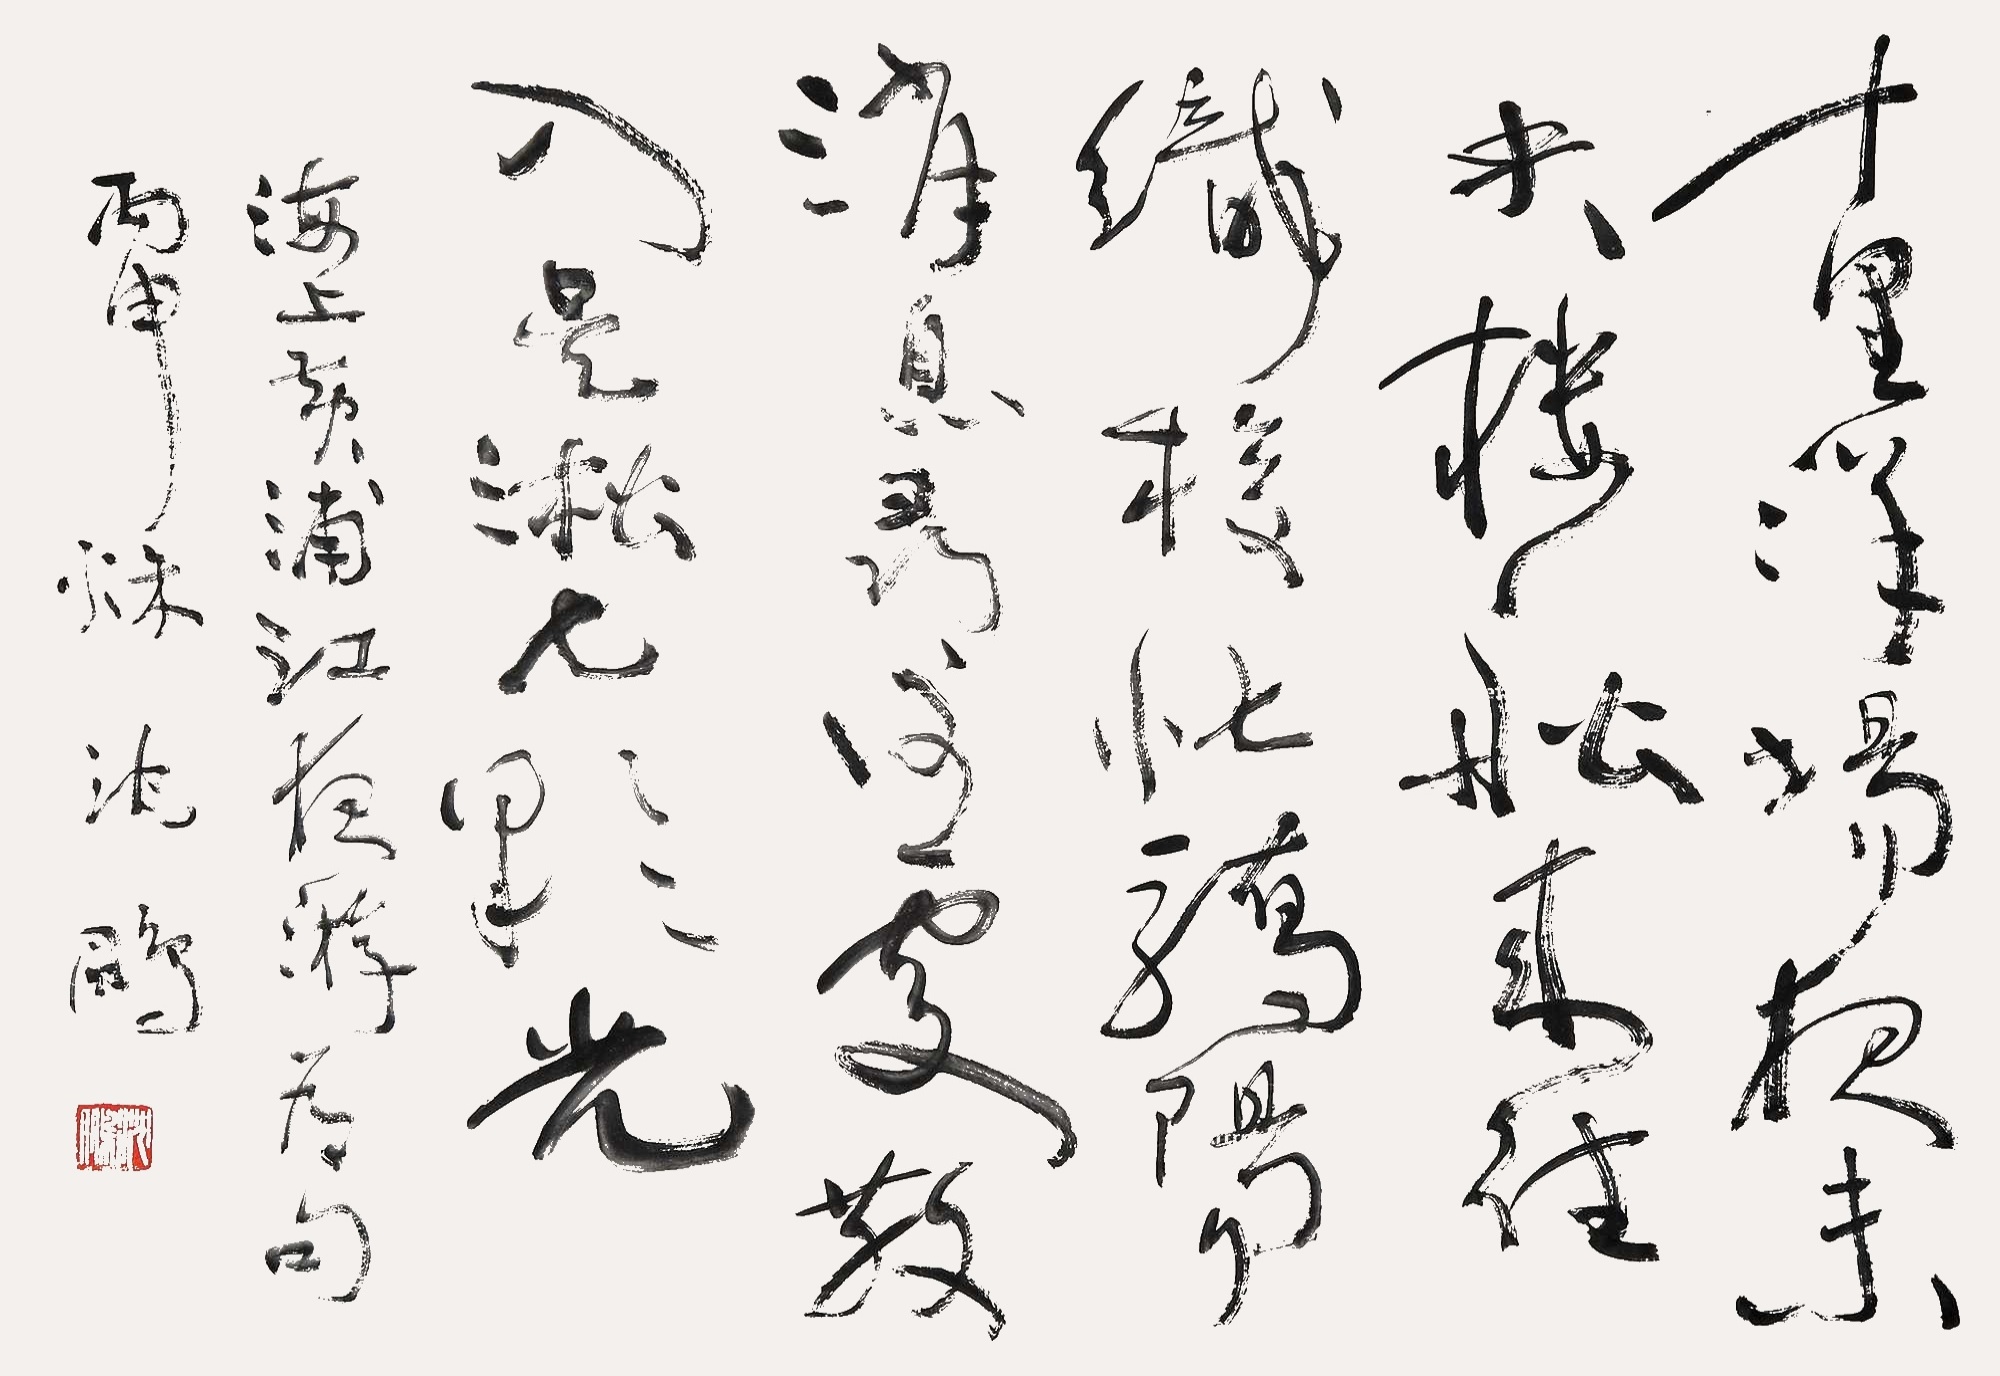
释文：十里洋场夜未央，楼船来往织梭忙。骄阳消息寻何处，散入吴淞七彩光。海上黄浦江夜游为句，丙申秋，沈鹏。